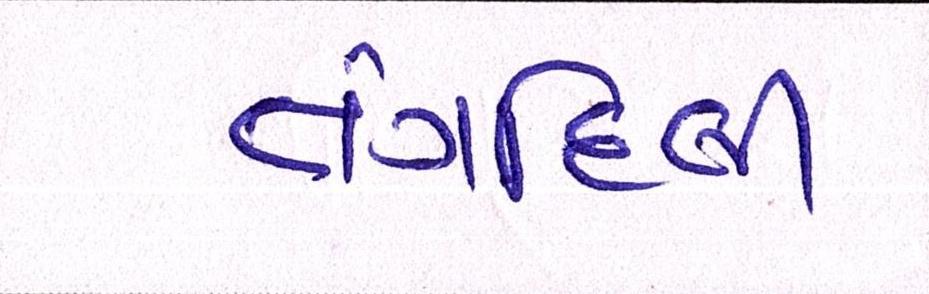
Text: તંગદિલી